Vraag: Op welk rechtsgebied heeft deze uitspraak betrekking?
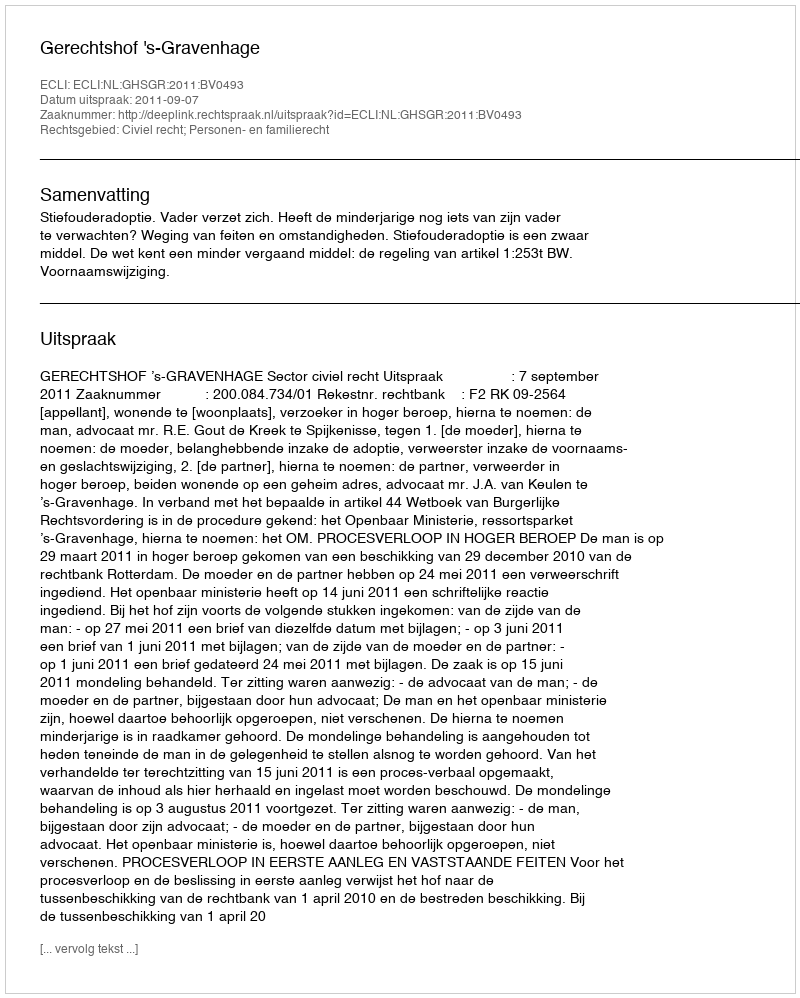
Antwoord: Civiel recht; Personen- en familierecht